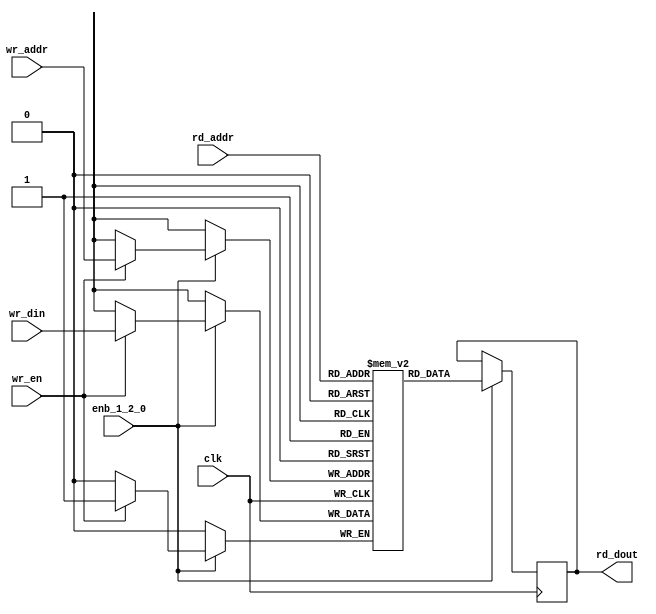
// -------------------------------------------------------------
// 
// 
// Generated by MATLAB 9.13 and HDL Coder 4.0
// 
// -------------------------------------------------------------


// -------------------------------------------------------------
// 
// Module: whdlOFDMTx_SimpleDualPortRAM_singlebit_block
// Source Path: whdlOFDMTx/Frame Generator/Data/Data and Control Signal Generation/SimpleDualPortRAM_singlebit
// Hierarchy Level: 6
// 
// -------------------------------------------------------------

`timescale 1 ns / 1 ns

module whdlOFDMTx_SimpleDualPortRAM_singlebit_block
          (clk,
           enb_1_2_0,
           wr_din,
           wr_addr,
           wr_en,
           rd_addr,
           rd_dout);

  parameter integer AddrWidth  = 1;
  parameter integer DataWidth  = 1;

  input   clk;
  input   enb_1_2_0;
  input   wr_din;
  input   [AddrWidth - 1:0] wr_addr;  // parameterized width
  input   wr_en;  // ufix1
  input   [AddrWidth - 1:0] rd_addr;  // parameterized width
  output  rd_dout;


  reg   ram [2**AddrWidth - 1:0];
  reg   data_int;
  integer i;

  initial begin
    for (i=0; i<=2**AddrWidth - 1; i=i+1) begin
      ram[i] = 0;
    end
    data_int = 0;
  end


  always @(posedge clk)
    begin : SimpleDualPortRAM_singlebit_process
      if (enb_1_2_0 == 1'b1) begin
        if (wr_en == 1'b1) begin
          ram[wr_addr] <= wr_din;
        end
        data_int <= ram[rd_addr];
      end
    end

  assign rd_dout = data_int;

endmodule  // whdlOFDMTx_SimpleDualPortRAM_singlebit_block